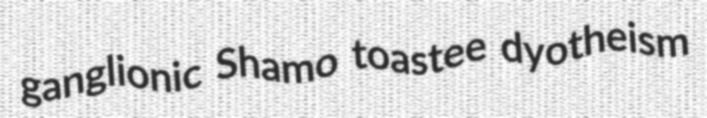
ganglionic Shamo toastee dyotheism